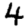
Digit: 4